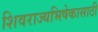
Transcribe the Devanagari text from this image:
शिवराज्यभिषेकासाठी